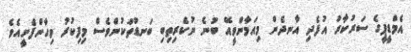
އެމްޑީޕީގެ ސަރުކާރު އުފެދި އާނދެން މިއަމާންވީއޭ ބުނެ ނުކެރިތިބި ބަނޑުތަކުންވެސް މިފިކުރު ވިހާންފެށީއެވެ.